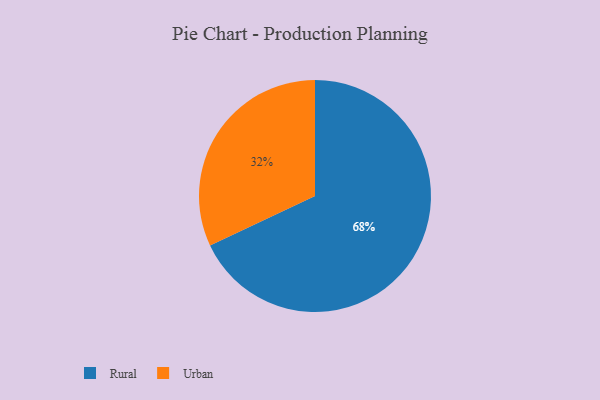
{"axis": {"x": "Category", "y": "Percentage"}, "legend": ["Rural", "Urban"], "data": [{"x": "Urban", "y": 32, "type": "Urban"}, {"x": "Rural", "y": 68, "type": "Rural"}]}